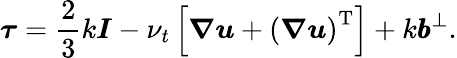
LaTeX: \boldsymbol{\tau}=\frac{2}{3}k\pmb{I}-\nu_{t}\left[\boldsymbol{\nabla}\boldsymbol{u}+\left(\boldsymbol{\nabla}\boldsymbol{u}\right)^{\operatorname{T}}\right]+k\pmb{b}^{\bot}.